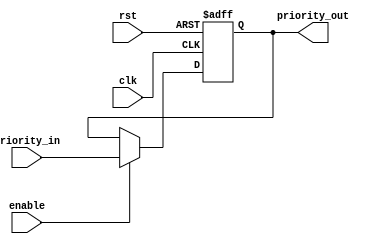
module PriorityBypassRegister (
    input wire clk,                  // Clock input
    input wire rst,                  // Reset input
    input wire [7:0] priority_in,    // Incoming priority signal
    input wire enable,               // Enable signal
    output reg [7:0] priority_out    // Output priority signal
);

reg [7:0] priority_reg;

always @(posedge clk or posedge rst) begin
    if (rst) begin
       priority_reg <= 8'b00000000;  // Reset priority register
    end else if (enable) begin
       priority_reg <= priority_in;  // Update priority register with incoming signal
    end
end

assign priority_out = priority_reg;  // Output priority signal from register

endmodule